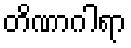
တိဏာဂါရာ